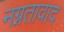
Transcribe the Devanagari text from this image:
नग्नतावाद